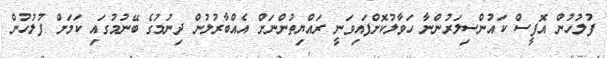
ފުލުހުން އޮފީސް ކައުންސިލަރުންނާ ހަވާލުކޮށްފައިވަނީ ރައްޔިތުންނަށް އެއްބާރުލުން ދިނުމުގެ ބޭނުމުގައި ކަމަށް ފުލުހުން